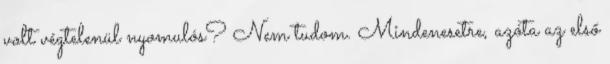
volt végtelenül nyomulós? Nem tudom. Mindenesetre, azóta az első